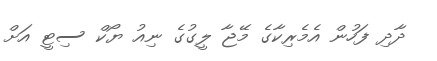
ދާދި ފަހުން އެމެރިކާގެ މޭޖާ ލީގުގެ ނިއު ޔޯކް ސިޓީ އަށް